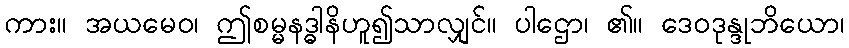
ကား။ အယမေဝ၊ ဤစမ္မနဒ္ဓါနိဟူ၍သာလျှင်။ ပါဌော၊ ၏။ ဒေဝဒုန္ဒုဘိယော၊